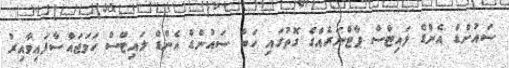
ސައުންޑް އެންޑް ލައިޓްސް ޕާޓްނަރެއްގެ ގޮތުގައި ހަބް ސައުންޑް އެންޑް ލައިޓްސް ހަމަޖައްސާފައިވާއިރު